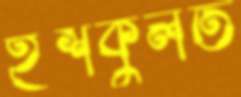
ইশকুলত